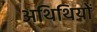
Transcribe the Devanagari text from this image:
अथिथियों